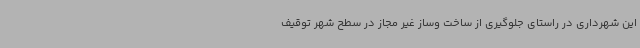
این شهرداری در راستای جلوگیری از ساخت وساز غیر مجاز در سطح شهر توقیف